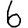
Digit: 6